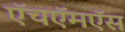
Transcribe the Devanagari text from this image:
ऍचऍमऍस